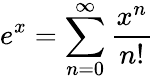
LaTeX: e^{x}=\sum_{n=0}^{\infty}{\frac{x^{n}}{n!}}